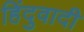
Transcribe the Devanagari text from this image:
हिंदुवादी